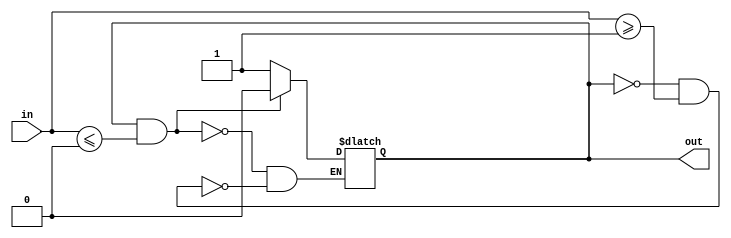
module schmitt_trigger_inverter (
    input wire in,
    output wire out
);

parameter TRIGGER_HIGH = 1'b1;
parameter TRIGGER_LOW = 1'b0;
parameter HYSTERESIS = 1;

reg out_reg;

always @* begin
    if (out_reg == TRIGGER_HIGH && in <= TRIGGER_LOW) begin
        out_reg <= TRIGGER_LOW;
    end else if (out_reg == TRIGGER_LOW && in >= TRIGGER_HIGH) begin
        out_reg <= TRIGGER_HIGH;
    end else begin
        out_reg <= out_reg;
    end
end

assign out = out_reg;

endmodule